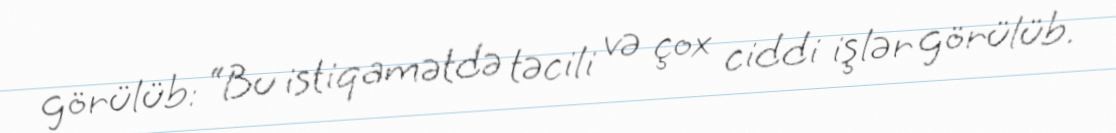
görülüb: “Bu istiqamətdə təcili və çox ciddi işlər görülüb.